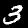
Label: 3